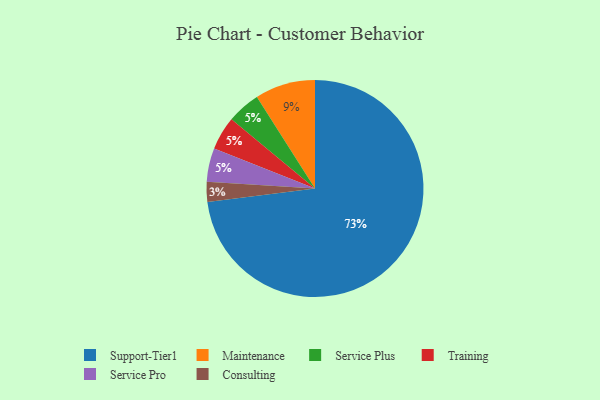
{"axis": {"x": "Category", "y": "Percentage"}, "legend": ["Consulting", "Maintenance", "Service Plus", "Service Pro", "Support-Tier1", "Training"], "data": [{"x": "Support-Tier1", "y": 73, "type": "Support-Tier1"}, {"x": "Maintenance", "y": 9, "type": "Maintenance"}, {"x": "Service Plus", "y": 5, "type": "Service Plus"}, {"x": "Consulting", "y": 3, "type": "Consulting"}, {"x": "Training", "y": 5, "type": "Training"}, {"x": "Service Pro", "y": 5, "type": "Service Pro"}]}